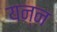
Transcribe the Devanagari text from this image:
यन्न